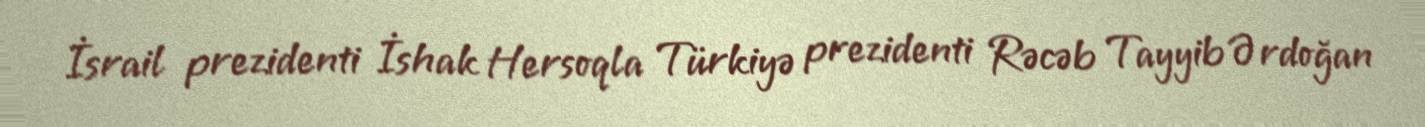
İsrail prezidenti İshak Hersoqla Türkiyə prezidenti Rəcəb Tayyib Ərdoğan